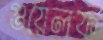
গুয়েলফ